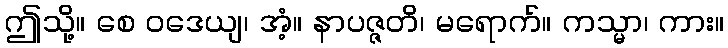
ဤသို့။ စေ ဝဒေယျ၊ အံ့။ နာပဇ္ဇတိ၊ မရောက်။ ကသ္မာ၊ ကား။